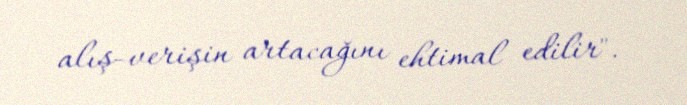
alış-verişin artacağını ehtimal edilir".